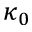
\kappa _ { 0 }